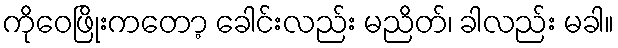
ကိုဝေဖြိုးကတော့ ခေါင်းလည်း မညိတ်၊ ခါလည်း မခါ။